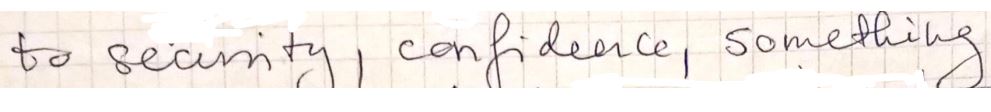
to security, confidence, something